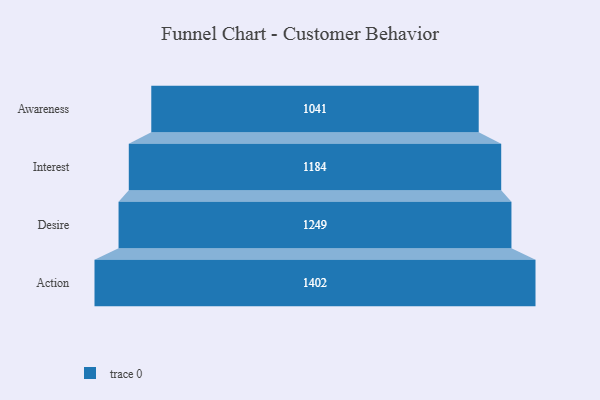
{"axis": {"x": "Stage", "y": "Value"}, "legend": [""], "data": [{"x": "Awareness", "y": 1041.0, "type": ""}, {"x": "Interest", "y": 1184.0, "type": ""}, {"x": "Desire", "y": 1249.0, "type": ""}, {"x": "Action", "y": 1402.0, "type": ""}]}